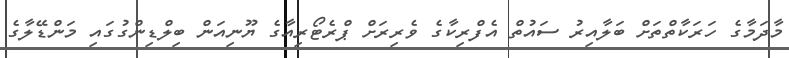
މާދަމާގެ ހަރަކާތްތަށް ބަލާއިރު ސައުތް އެފްރިކާގެ ވެރިރަށް ޕްރެޓޯރިއާގެ ޔޫނިއަން ބިލްޑިންގުގައި މަންޑޭލާގެ